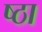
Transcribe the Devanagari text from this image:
ष्ठा